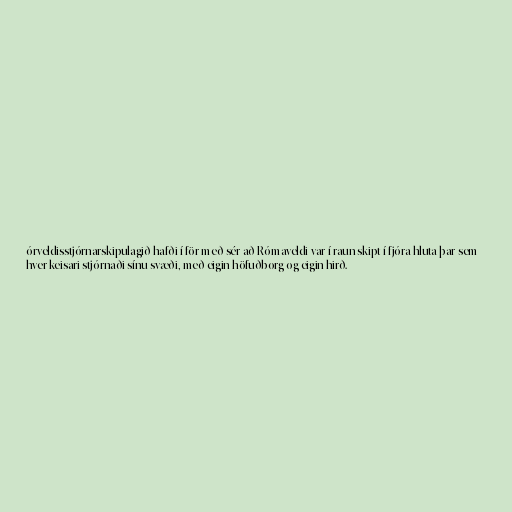
órveldisstjórnarskipulagið hafði í för með sér að Rómaveldi var í raun skipt í fjóra hluta þar sem
hver keisari stjórnaði sínu svæði, með eigin höfuðborg og eigin hirð.